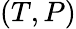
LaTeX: (T,P)